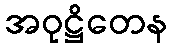
အဝုဋ္ဌိတေန